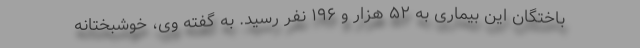
باختگان این بیماری به ۵۲ هزار و ۱۹۶ نفر رسید. به گفته وی، خوشبختانه